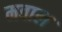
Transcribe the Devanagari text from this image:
मवाल